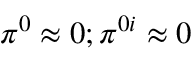
\pi ^ { 0 } \approx 0 ; \pi ^ { 0 i } \approx 0